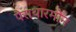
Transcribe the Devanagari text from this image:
पैराथारमोन